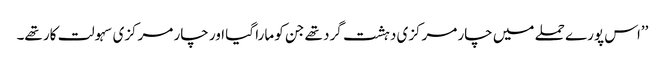
’’اس پورے حملے میں چار مرکزی دہشت گرد تھے جن کو مارا گیا اور چار مرکزی سہولت کار تھے۔